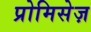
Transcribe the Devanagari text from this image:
प्रोमिसेज़